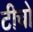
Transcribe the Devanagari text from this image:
टीचो